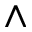
^ { \wedge }